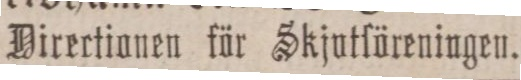
Dirertionen för Skjutföreningen.